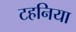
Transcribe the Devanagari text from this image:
टहनिया